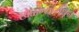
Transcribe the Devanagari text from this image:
खेळण्यांमधून